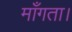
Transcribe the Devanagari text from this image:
माँगता।